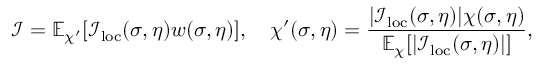
\mathcal { I } = \mathbb { E } _ { \chi ^ { \prime } } [ \mathcal { I } _ { \mathrm { l o c } } ( \sigma , \eta ) w ( \sigma , \eta ) ] , \quad \chi ^ { \prime } ( \sigma , \eta ) = \frac { | \mathcal { I } _ { \mathrm { l o c } } ( \sigma , \eta ) | \chi ( \sigma , \eta ) } { \mathbb { E } _ { \chi } [ | \mathcal { I } _ { \mathrm { l o c } } ( \sigma , \eta ) | ] } ,